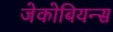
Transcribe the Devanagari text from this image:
जेकोबियन्स